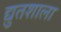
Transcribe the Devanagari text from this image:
द्युतशाला